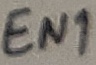
Text: EN1